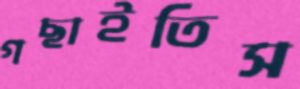
গছাইতিস